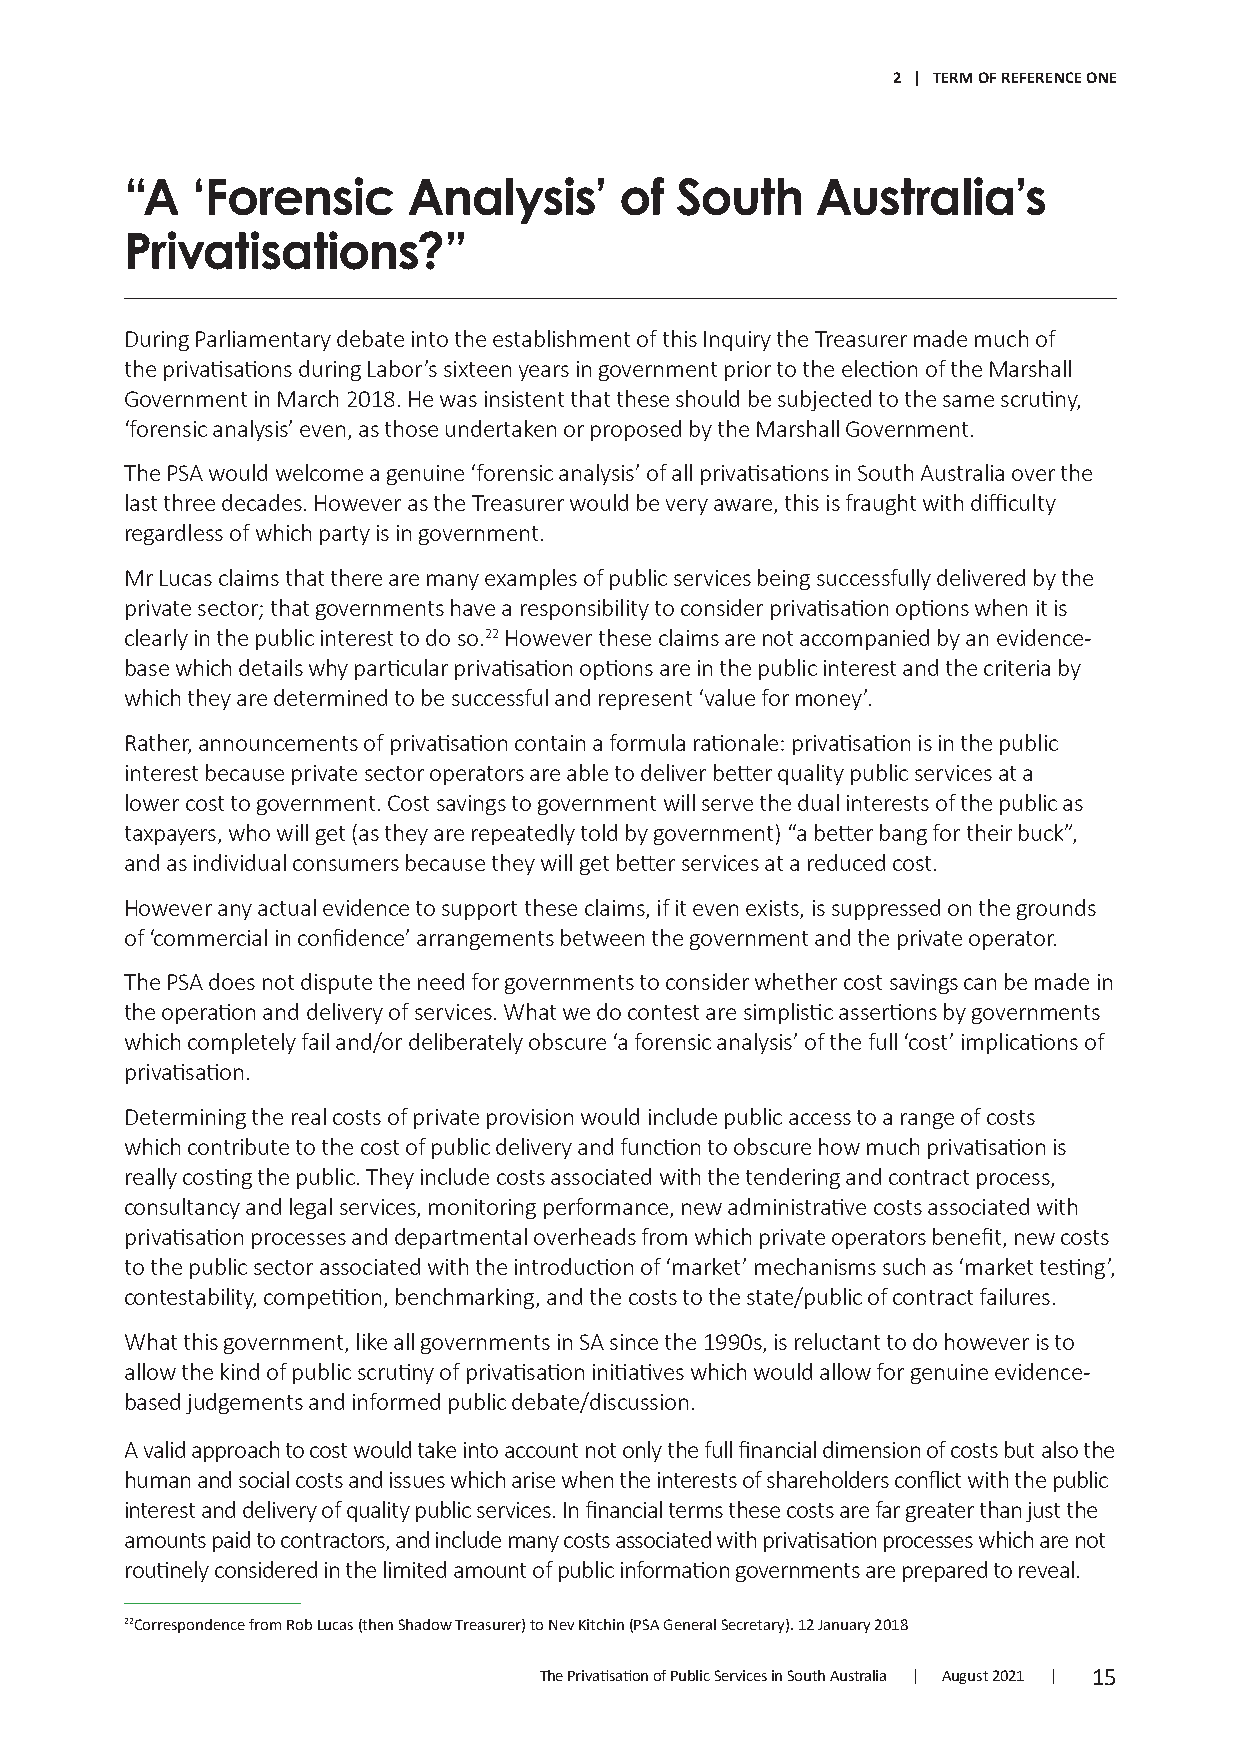
2 | TERM OF REFERENCE ONE
 “A   ‘Forensic     Analysis’     of  South    Australia’s
 Privatisations?”
 During Parliamentary debate into the establishment of this Inquiry the Treasurer made much of
 the privatisations during Labor’s sixteen years in government prior to the election of the Marshall
 Government in March 2018. He was insistent that these should be subjected to the same scrutiny,
 ‘forensic analysis’ even, as those undertaken or proposed by the Marshall Government.
 The PSA would welcome a genuine ‘forensic analysis’ of all privatisations in South Australia over the
 last three decades. However as the Treasurer would be very aware, this is fraught with difficulty
 regardless of which party is in government.
 Mr Lucas claims that there are many examples of public services being successfully delivered by the
 private sector; that governments have a responsibility to consider privatisation options when it is
 clearly in the public interest to do so.22 However these claims are not accompanied by an evidence-
 base which details why particular privatisation options are in the public interest and the criteria by
 which they are determined to be successful and represent ‘value for money’.
 Rather, announcements of privatisation contain a formula rationale: privatisation is in the public
 interest because private sector operators are able to deliver better quality public services at a
 lower cost to government. Cost savings to government will serve the dual interests of the public as
 taxpayers, who will get (as they are repeatedly told by government) “a better bang for their buck”,
 and as individual consumers because they will get better services at a reduced cost.
 However any actual evidence to support these claims, if it even exists, is suppressed on the grounds
 of ‘commercial in confidence’ arrangements between the government and the private operator.
 The PSA does not dispute the need for governments to consider whether cost savings can be made in
 the operation and delivery of services. What we do contest are simplistic assertions by governments
 which completely fail and/or deliberately obscure ‘a forensic analysis’ of the full ‘cost’ implications of
 privatisation.
 Determining the real costs of private provision would include public access to a range of costs
 which contribute to the cost of public delivery and function to obscure how much privatisation is
 really costing the public. They include costs associated with the tendering and contract process,
 consultancy and legal services, monitoring performance, new administrative costs associated with
 privatisation processes and departmental overheads from which private operators benefit, new costs
 to the public sector associated with the introduction of ‘market’ mechanisms such as ‘market testing’,
 contestability, competition, benchmarking, and the costs to the state/public of contract failures.
 What this government, like all governments in SA since the 1990s, is reluctant to do however is to
 allow the kind of public scrutiny of privatisation initiatives which would allow for genuine evidence-
 based judgements and informed public debate/discussion.
 A valid approach to cost would take into account not only the full financial dimension of costs but also the
 human and social costs and issues which arise when the interests of shareholders conflict with the public
 interest and delivery of quality public services. In financial terms these costs are far greater than just the
 amounts paid to contractors, and include many costs associated with privatisation processes which are not
 routinely considered in the limited amount of public information governments are prepared to reveal.
 22Correspondence from Rob Lucas (then Shadow Treasurer) to Nev Kitchin (PSA General Secretary). 12 January 2018
 The Privatisation of Public Services in South Australia | August 2021 | 15